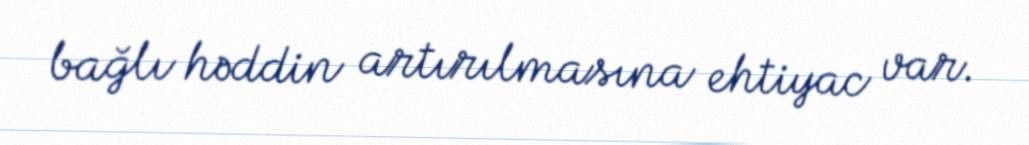
bağlı həddin artırılmasına ehtiyac var.